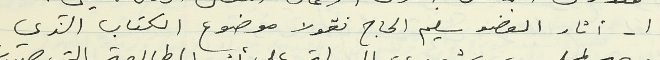
١ - أثار العضو سليم الحاج نقولا موضوع الكتاب الذي